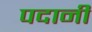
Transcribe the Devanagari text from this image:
पदानी